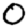
Digit: 0